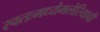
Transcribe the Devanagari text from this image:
स्वतःमध्येमलेरियाची